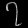
Digit: ၇